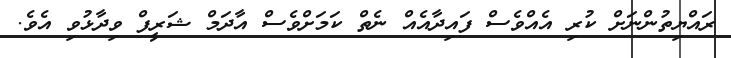
ރައްޔިތުންނަށް ކުރި އެއްވެސް ފައިދާއެއް ނެތް ކަމަށްވެސް އާދަމް ޝަރީފް ވިދާޅުވި އެވެ.